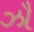
ઝૌ